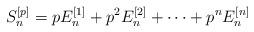
LaTeX: \begin{align*}S_n^{[p]} = p E_n^{[1]}+p^2E_n^{[2]}+\cdots+p^n E_n^{[n]}\end{align*}